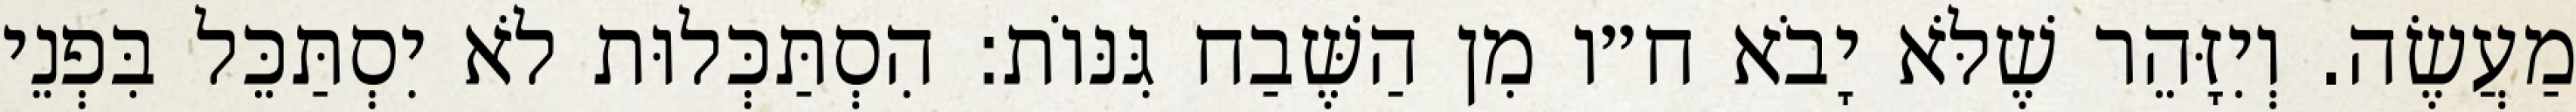
מַעֲשֶׂה. וְיִזָּהֵר שֶׁלֹּא יָבֹא ח״ו מִן הַשֶּׁבַח גִּנּוֹת: הִסְתַּכְּלוּת לֹא יִסְתַּכֵּל בִּפְנֵי